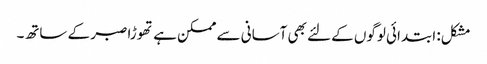
مشکل: ابتدائی لوگوں کے لئے بھی آسانی سے ممکن ہے تھوڑا صبر کے ساتھ۔